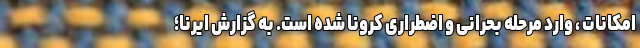
امکانات ، وارد مرحله بحرانی و اضطراری کرونا شده است. به گزارش ایرنا؛